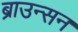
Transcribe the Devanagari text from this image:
ब्राउन्सन